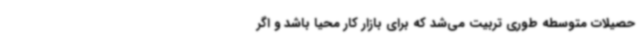
حصیلات متوسطه طوری تربیت می‌شد که برای بازار کار محیا باشد و اگر